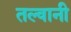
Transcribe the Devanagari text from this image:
तल्वानी